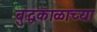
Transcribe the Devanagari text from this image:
बुद्धकाळाच्या